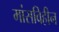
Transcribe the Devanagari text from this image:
मांसविहीन